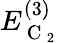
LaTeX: E_{\mathrm{~C~}_{2}}^{(3)}